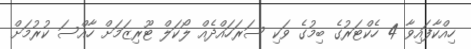
ހިއްކާފައިވާ 4 ހެކްޓަރުގެ ބިމުގެ ވަކި ސަރަހައްދެއް ލޯކަލް ޓޫރިޒަމަށް ހާއްސަ ކުރުމަށް